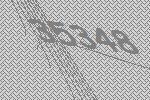
35348